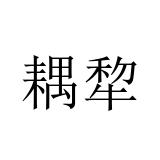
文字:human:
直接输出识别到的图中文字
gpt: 耦犂